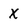
Character: X